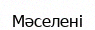
Мәселені